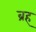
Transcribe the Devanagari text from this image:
ब्रह्